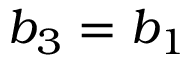
b _ { 3 } = b _ { 1 }